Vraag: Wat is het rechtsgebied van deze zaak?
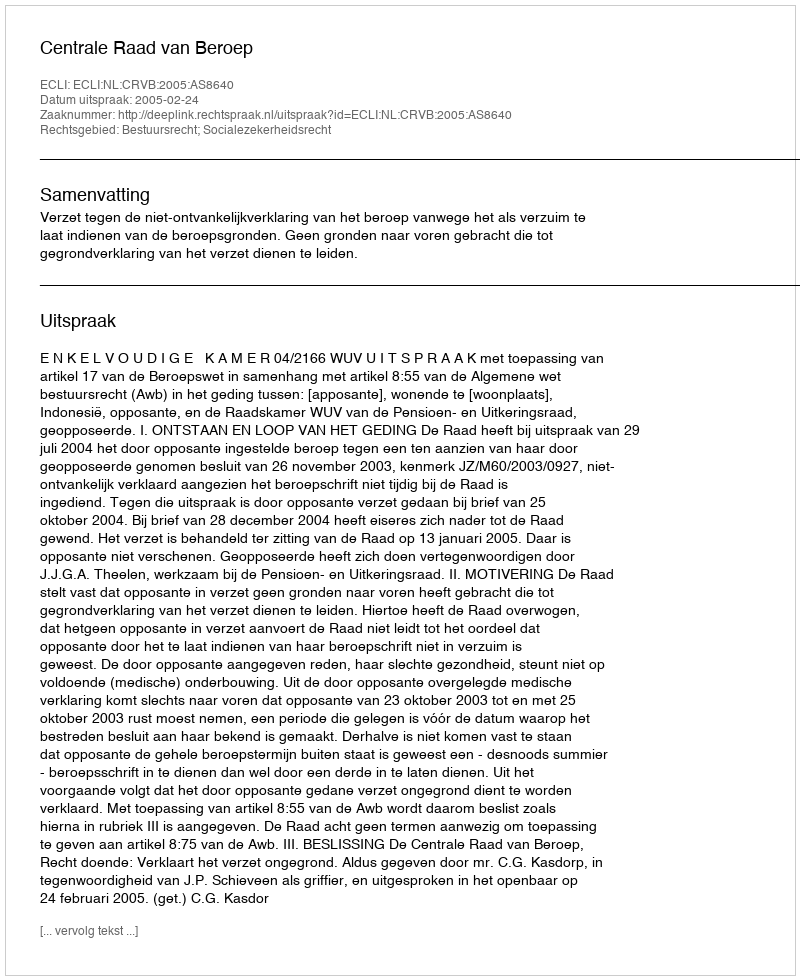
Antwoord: Bestuursrecht; Socialezekerheidsrecht